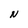
Character: N